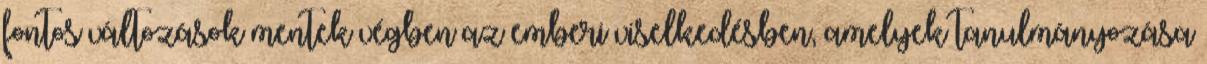
fontos változások mentek végben az emberi viselkedésben, amelyek tanulmányozása